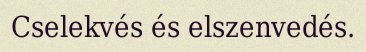
Cselekvés és elszenvedés.